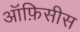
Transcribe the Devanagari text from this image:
ऑफ़िसीस